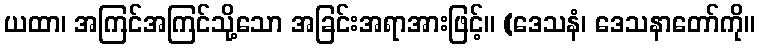
ယထာ၊ အကြင်အကြင်သို့သော အခြင်းအရာအားဖြင့်။ (ဒေသနံ၊ ဒေသနာတော်ကို။